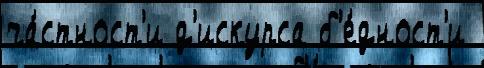
ча́стност'и д'искурса б'е́дност'и